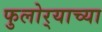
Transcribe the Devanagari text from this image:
फुलोर्‍याच्या